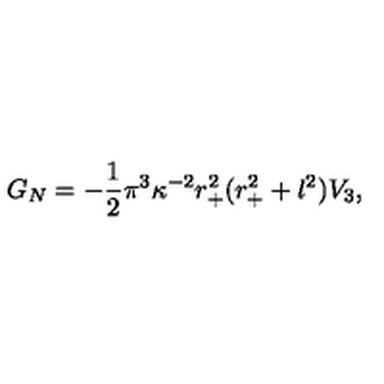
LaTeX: G _ { N } = - \frac { 1 } { 2 } \pi ^ { 3 } \kappa ^ { - 2 } r _ { + } ^ { 2 } ( r _ { + } ^ { 2 } + l ^ { 2 } ) V _ { 3 } ,